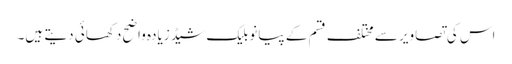
اس کی تصاویر سے مختلف قسم کے پیانو بلیک شیڈ زیادہ واضح دکھائی دیتے ہیں۔